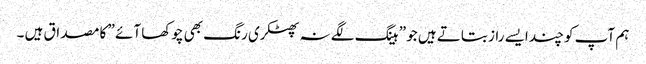
ہم آپ کو چند ایسے راز بتاتے ہیں جو ” ہینگ لگے نہ پھٹکری رنگ بھی چوکھا آئے ” کا مصداق ہیں ۔